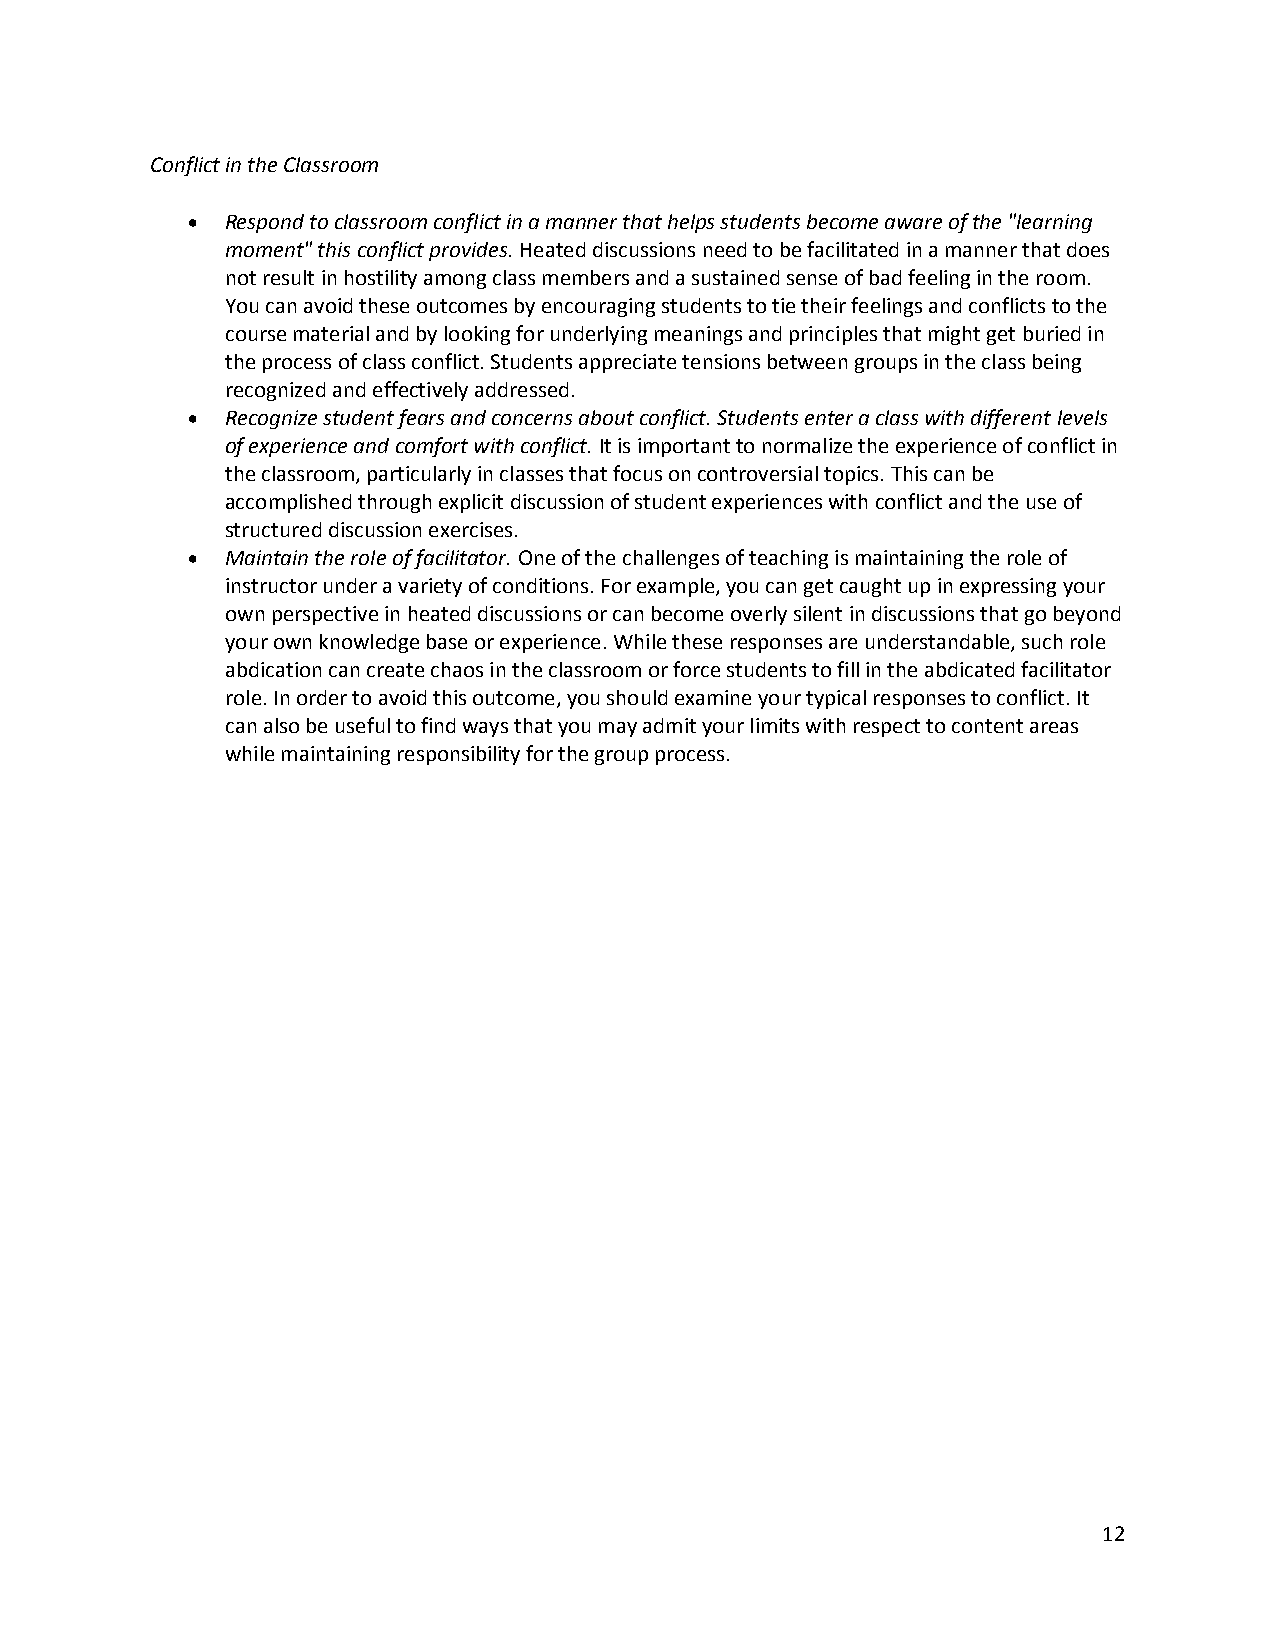
Conflict in the Classroom
 •  Respond to classroom conflict in a manner that helps students become aware of the "learning
 moment" this conflict provides. Heated discussions need to be facilitated in a manner that does
 not result in hostility among class members and a sustained sense of bad feeling in the room.
 You can avoid these outcomes by encouraging students to tie their feelings and conflicts to the
 course material and by looking for underlying meanings and principles that might get buried in
 the process of class conflict. Students appreciate tensions between groups in the class being
 recognized and effectively addressed.
 •  Recognize student fears and concerns about conflict. Students enter a class with different levels
 of experience and comfort with conflict. It is important to normalize the experience of conflict in
 the classroom, particularly in classes that focus on controversial topics. This can be
 accomplished through explicit discussion of student experiences with conflict and the use of
 structured discussion exercises.
 •  Maintain the role of facilitator. One of the challenges of teaching is maintaining the role of
 instructor under a variety of conditions. For example, you can get caught up in expressing your
 own perspective in heated discussions or can become overly silent in discussions that go beyond
 your own knowledge base or experience. While these responses are understandable, such role
 abdication can create chaos in the classroom or force students to fill in the abdicated facilitator
 role. In order to avoid this outcome, you should examine your typical responses to conflict. It
 can also be useful to find ways that you may admit your limits with respect to content areas
 while maintaining responsibility for the group process.
 12